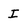
Character: I